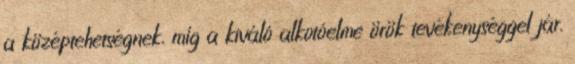
a középtehetségnek, míg a kiváló alkotóelme örök tevékenységgel jár.